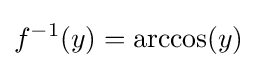
f^{-1}(y)=\arccos(y)